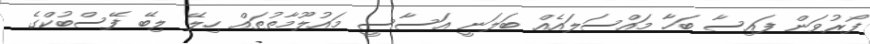
ފޯރުވަން ފައިސާ ބަހާ މައްސަލައެއް ބަލަނީ އަސާސީ މައުލޫމާތުތައް ހިލޭ ލިބޭ ފޭސްބުކްގެ